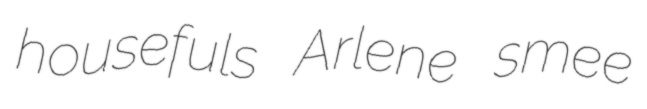
housefuls Arlene smee